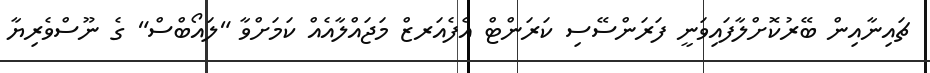
ޗައިނާއިން ބޭރުކޮށްލާފައިވަނީ ފަރަންސޭސި ކަރަންޓް އެފެއަރޒް މަޖައްލާއެއް ކަމަށްވާ "ލައޯބްސް" ގެ ނޫސްވެރިޔާ